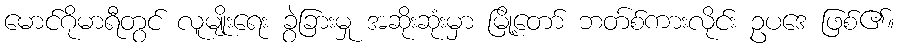
မောင်ဂိုမာရီတွင် လူမျိုးရေး ခွဲခြားမှု အဆိုးဆုံးမှာ မြို့တော် ဘတ်စ်ကားလိုင်း ဥပဒေ ဖြစ်၏။